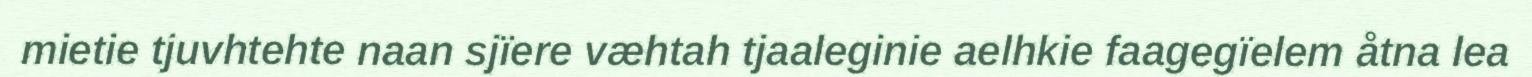
mietie tjuvhtehte naan sjïere væhtah tjaaleginie aelhkie faagegïelem åtna lea